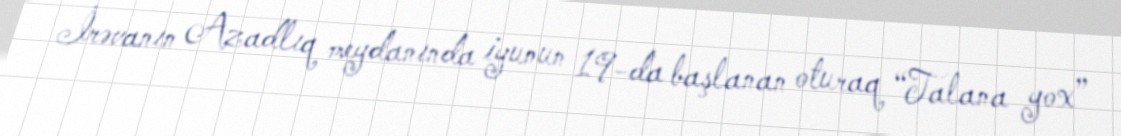
İrəvanın Azadlıq meydanında iyunun 19-da başlanan oturaq “Talana yox”